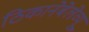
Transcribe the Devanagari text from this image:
ठिकानेबेलेव्यू